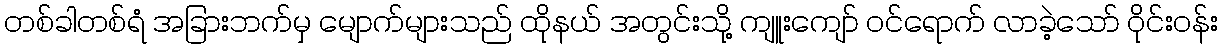
တစ်ခါတစ်ရံ အခြားဘက်မှ မျောက်များသည် ထိုနယ် အတွင်းသို့ ကျူးကျော် ဝင်ရောက် လာခဲ့သော် ဝိုင်းဝန်း